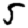
Digit: 5